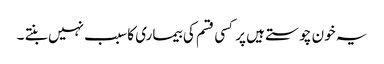
یہ خون چوستے ہیں پر کسی قسم کی بیماری کا سبب نہیں بنتے ۔